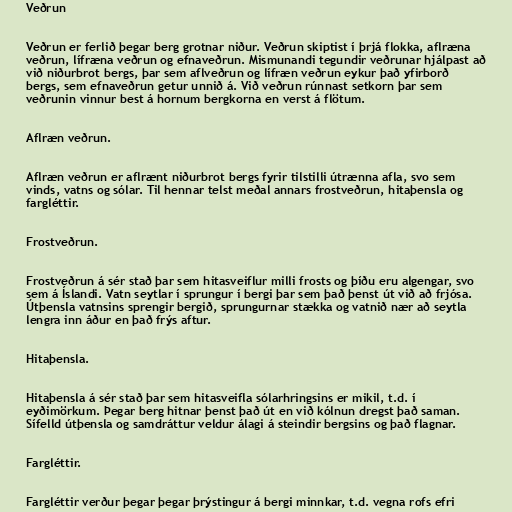
Veðrun

Veðrun er ferlið þegar berg grotnar niður. Veðrun skiptist í þrjá flokka, aflræna
veðrun, lífræna veðrun og efnaveðrun. Mismunandi tegundir veðrunar hjálpast að
við niðurbrot bergs, þar sem aflveðrun og lífræn veðrun eykur það yfirborð
bergs, sem efnaveðrun getur unnið á. Við veðrun rúnnast setkorn þar sem
veðrunin vinnur best á hornum bergkorna en verst á flötum.

Aflræn veðrun.

Aflræn veðrun er aflrænt niðurbrot bergs fyrir tilstilli útrænna afla, svo sem
vinds, vatns og sólar. Til hennar telst meðal annars frostveðrun, hitaþensla og
fargléttir.

Frostveðrun.

Frostveðrun á sér stað þar sem hitasveiflur milli frosts og þíðu eru algengar, svo
sem á Íslandi. Vatn seytlar í sprungur í bergi þar sem það þenst út við að frjósa.
Útþensla vatnsins sprengir bergið, sprungurnar stækka og vatnið nær að seytla
lengra inn áður en það frýs aftur.

Hitaþensla.

Hitaþensla á sér stað þar sem hitasveifla sólarhringsins er mikil, t.d. í
eyðimörkum. Þegar berg hitnar þenst það út en við kólnun dregst það saman.
Sífelld útþensla og samdráttur veldur álagi á steindir bergsins og það flagnar.

Fargléttir.

Fargléttir verður þegar þegar þrýstingur á bergi minnkar, t.d. vegna rofs efri